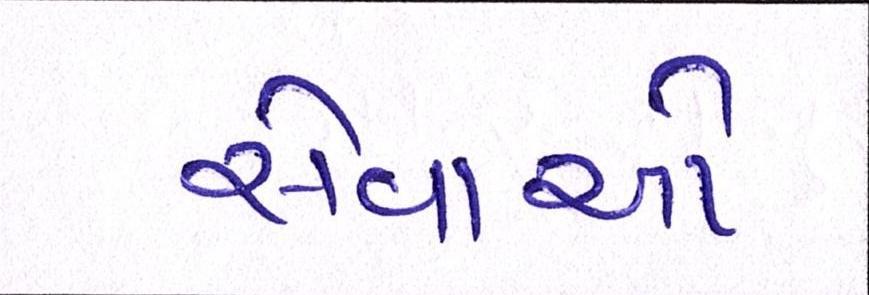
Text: સેવાઓ